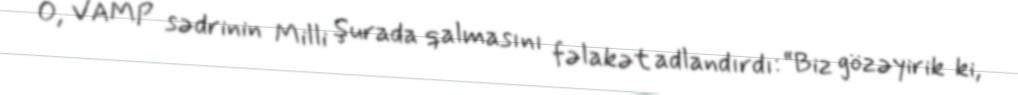
O, VAMP sədrinin Milli Şurada qalmasını fəlakət adlandırdı: “Biz gözəyirik ki,